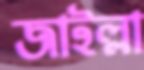
জাইল্লা